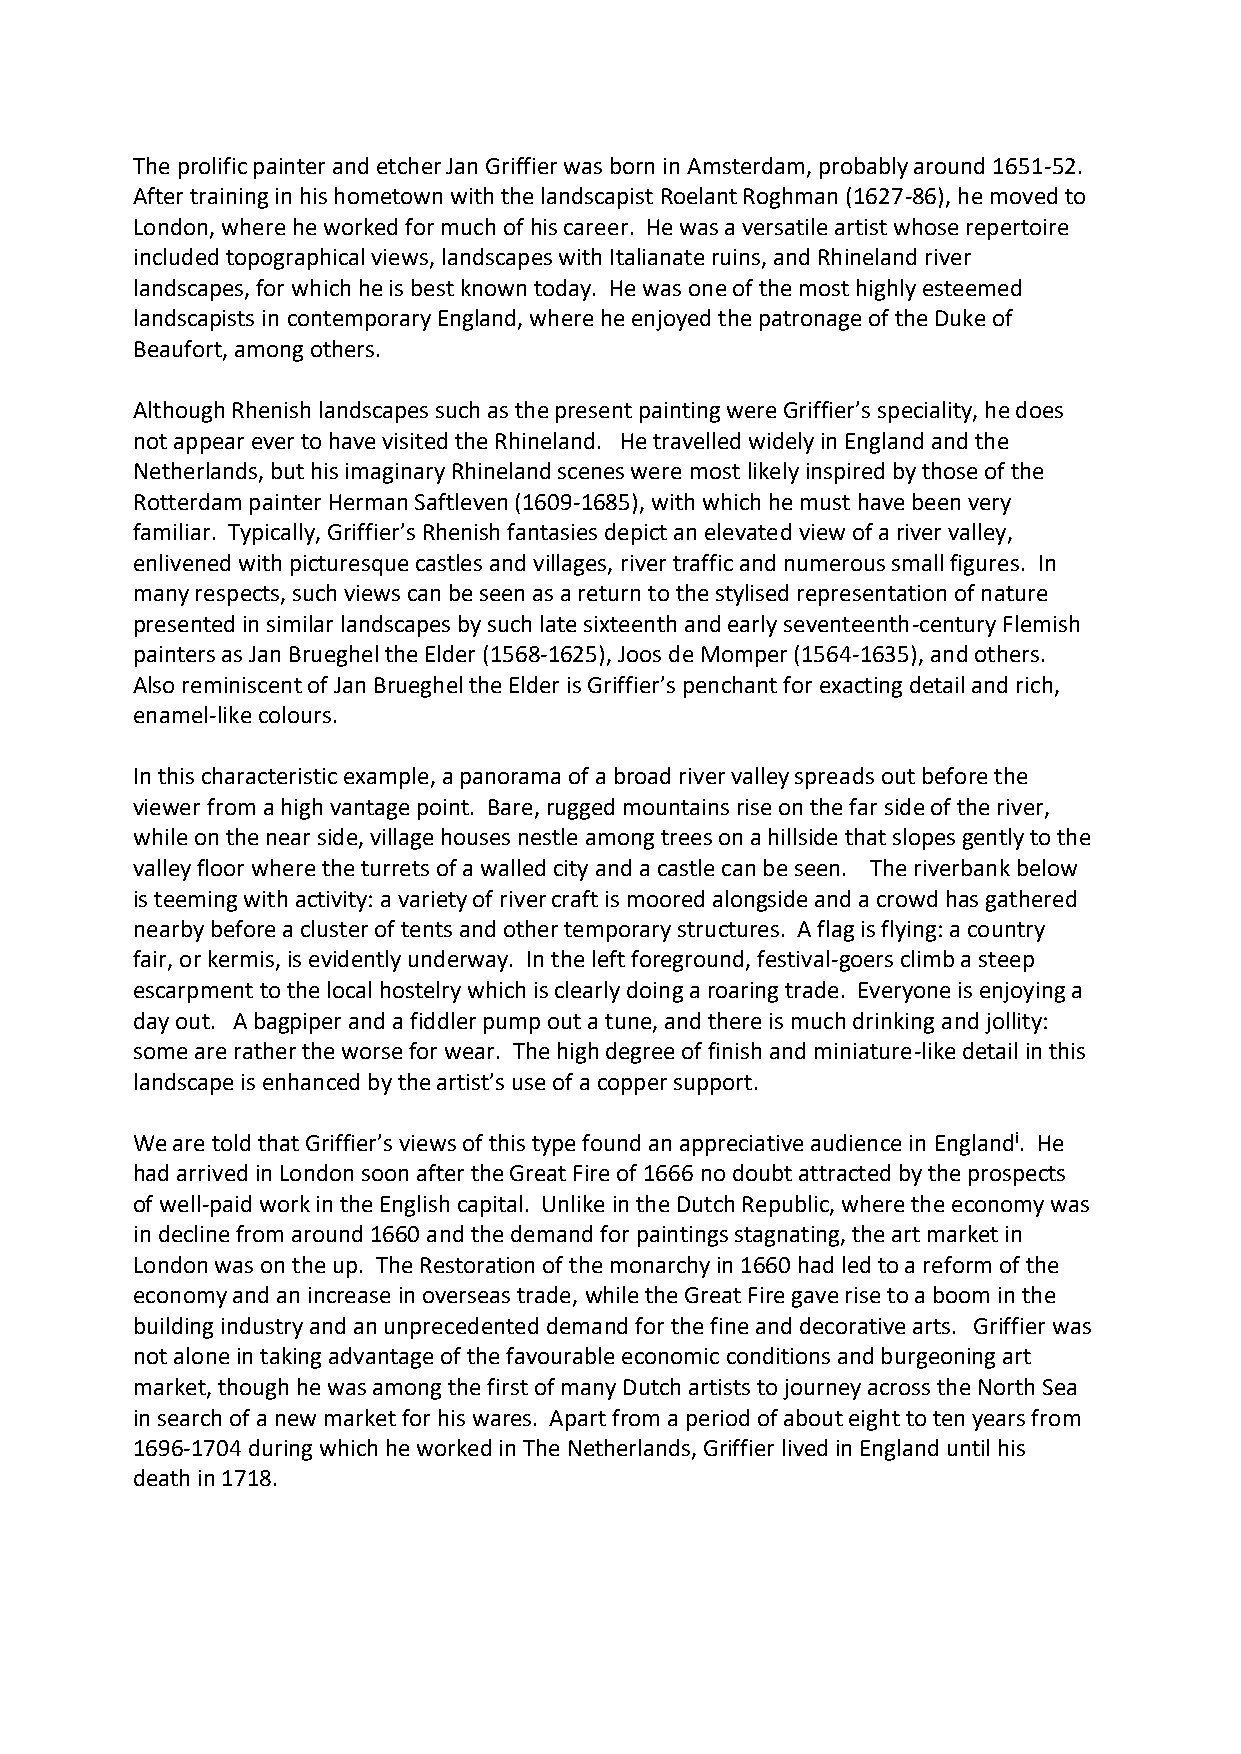
The prolific painter and etcher Jan Griffier was born in Amsterdam, probably around 1651-52.
 After training in his hometown with the landscapist Roelant Roghman (1627-86), he moved to
 London, where he worked for much of his career. He was a versatile artist whose repertoire
 included topographical views, landscapes with Italianate ruins, and Rhineland river
 landscapes, for which he is best known today. He was one of the most highly esteemed
 landscapists in contemporary England, where he enjoyed the patronage of the Duke of
 Beaufort, among others.
 Although Rhenish landscapes such as the present painting were Griffier’s speciality, he does
 not appear ever to have visited the Rhineland. He travelled widely in England and the
 Netherlands, but his imaginary Rhineland scenes were most likely inspired by those of the
 Rotterdam painter Herman Saftleven (1609-1685), with which he must have been very
 familiar. Typically, Griffier’s Rhenish fantasies depict an elevated view of a river valley,
 enlivened with picturesque castles and villages, river traffic and numerous small figures. In
 many respects, such views can be seen as a return to the stylised representation of nature
 presented in similar landscapes by such late sixteenth and early seventeenth-century Flemish
 painters as Jan Brueghel the Elder (1568-1625), Joos de Momper (1564-1635), and others.
 Also reminiscent of Jan Brueghel the Elder is Griffier’s penchant for exacting detail and rich,
 enamel-like colours.
 In this characteristic example, a panorama of a broad river valley spreads out before the
 viewer from a high vantage point. Bare, rugged mountains rise on the far side of the river,
 while on the near side, village houses nestle among trees on a hillside that slopes gently to the
 valley floor where the turrets of a walled city and a castle can be seen. The riverbank below
 is teeming with activity: a variety of river craft is moored alongside and a crowd has gathered
 nearby before a cluster of tents and other temporary structures. A flag is flying: a country
 fair, or kermis, is evidently underway. In the left foreground, festival-goers climb a steep
 escarpment to the local hostelry which is clearly doing a roaring trade. Everyone is enjoying a
 day out. A bagpiper and a fiddler pump out a tune, and there is much drinking and jollity:
 some are rather the worse for wear. The high degree of finish and miniature-like detail in this
 landscape is enhanced by the artist’s use of a copper support.
 We are told that Griffier’s views of this type found an appreciative audience in Englandi. He
 had arrived in London soon after the Great Fire of 1666 no doubt attracted by the prospects
 of well-paid work in the English capital. Unlike in the Dutch Republic, where the economy was
 in decline from around 1660 and the demand for paintings stagnating, the art market in
 London was on the up. The Restoration of the monarchy in 1660 had led to a reform of the
 economy and an increase in overseas trade, while the Great Fire gave rise to a boom in the
 building industry and an unprecedented demand for the fine and decorative arts. Griffier was
 not alone in taking advantage of the favourable economic conditions and burgeoning art
 market, though he was among the first of many Dutch artists to journey across the North Sea
 in search of a new market for his wares. Apart from a period of about eight to ten years from
 1696-1704 during which he worked in The Netherlands, Griffier lived in England until his
 death in 1718.